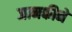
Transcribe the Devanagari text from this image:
जानकीने